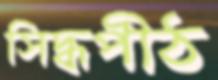
সিদ্ধপীঠ